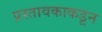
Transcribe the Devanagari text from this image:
प्रस्तावकाकडून